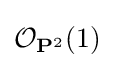
{\mathcal {O}}_{\mathbf {P} ^{2}}(1)